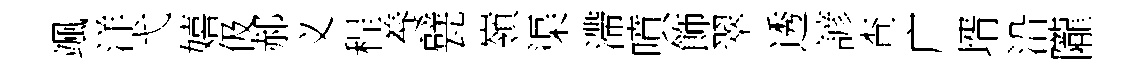
颯洋弋嬉伋郝义程養甓嶺渠滯噴飾翠透諺查广壻沿隴